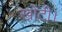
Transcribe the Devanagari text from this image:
खोटी।